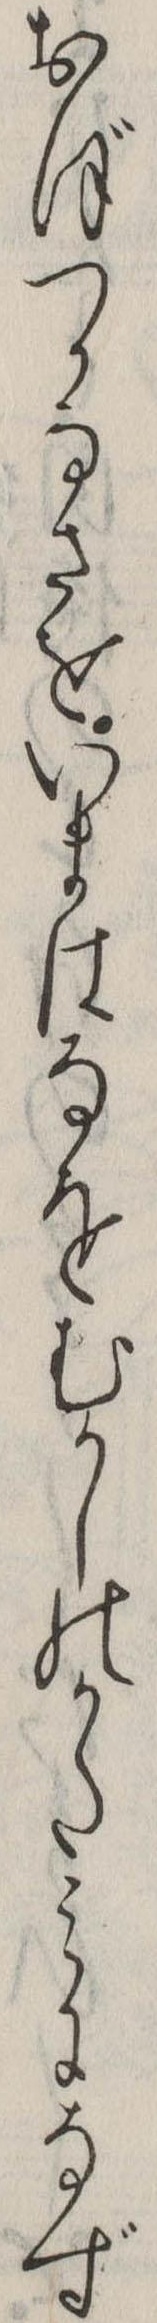
おぼつかなさをいまはなをむかしのかたみになず